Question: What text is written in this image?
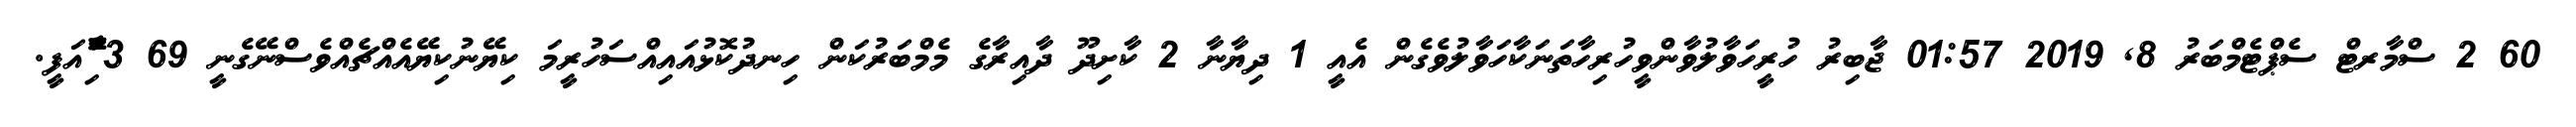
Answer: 60 2 ސްމާރޓް ސެޕްޓެމްބަރު 8, 2019 01:57 ޖާބިރު ހުރީހަވާލުވާންވީހުރިހާތަނަކާހަވާލުވެގެން އެއީ 1 ދިޔާނާ 2 ކާށިދޫ ދާއިރާގެ މެމްބަރުކަން ހިނދުކޮޅުއައިއްސަހުރީމަ ކިޔޭނުކިޔޭއެއްޗެއްވެސްނޭގެނީ 69 3 ާަަަަަެެެޮޮިުއަފީ.